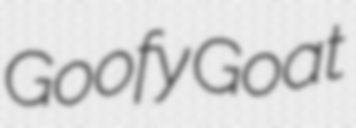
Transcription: Goofy Goat